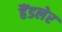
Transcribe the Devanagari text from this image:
हैंडलेर